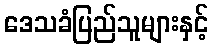
ဒေသခံပြည်သူများနှင့်